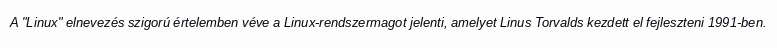
A "Linux" elnevezés szigorú értelemben véve a Linux-rendszermagot jelenti, amelyet Linus Torvalds kezdett el fejleszteni 1991-ben.